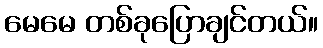
မေမေ တစ်ခုပြောချင်တယ်။